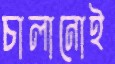
চালানোই